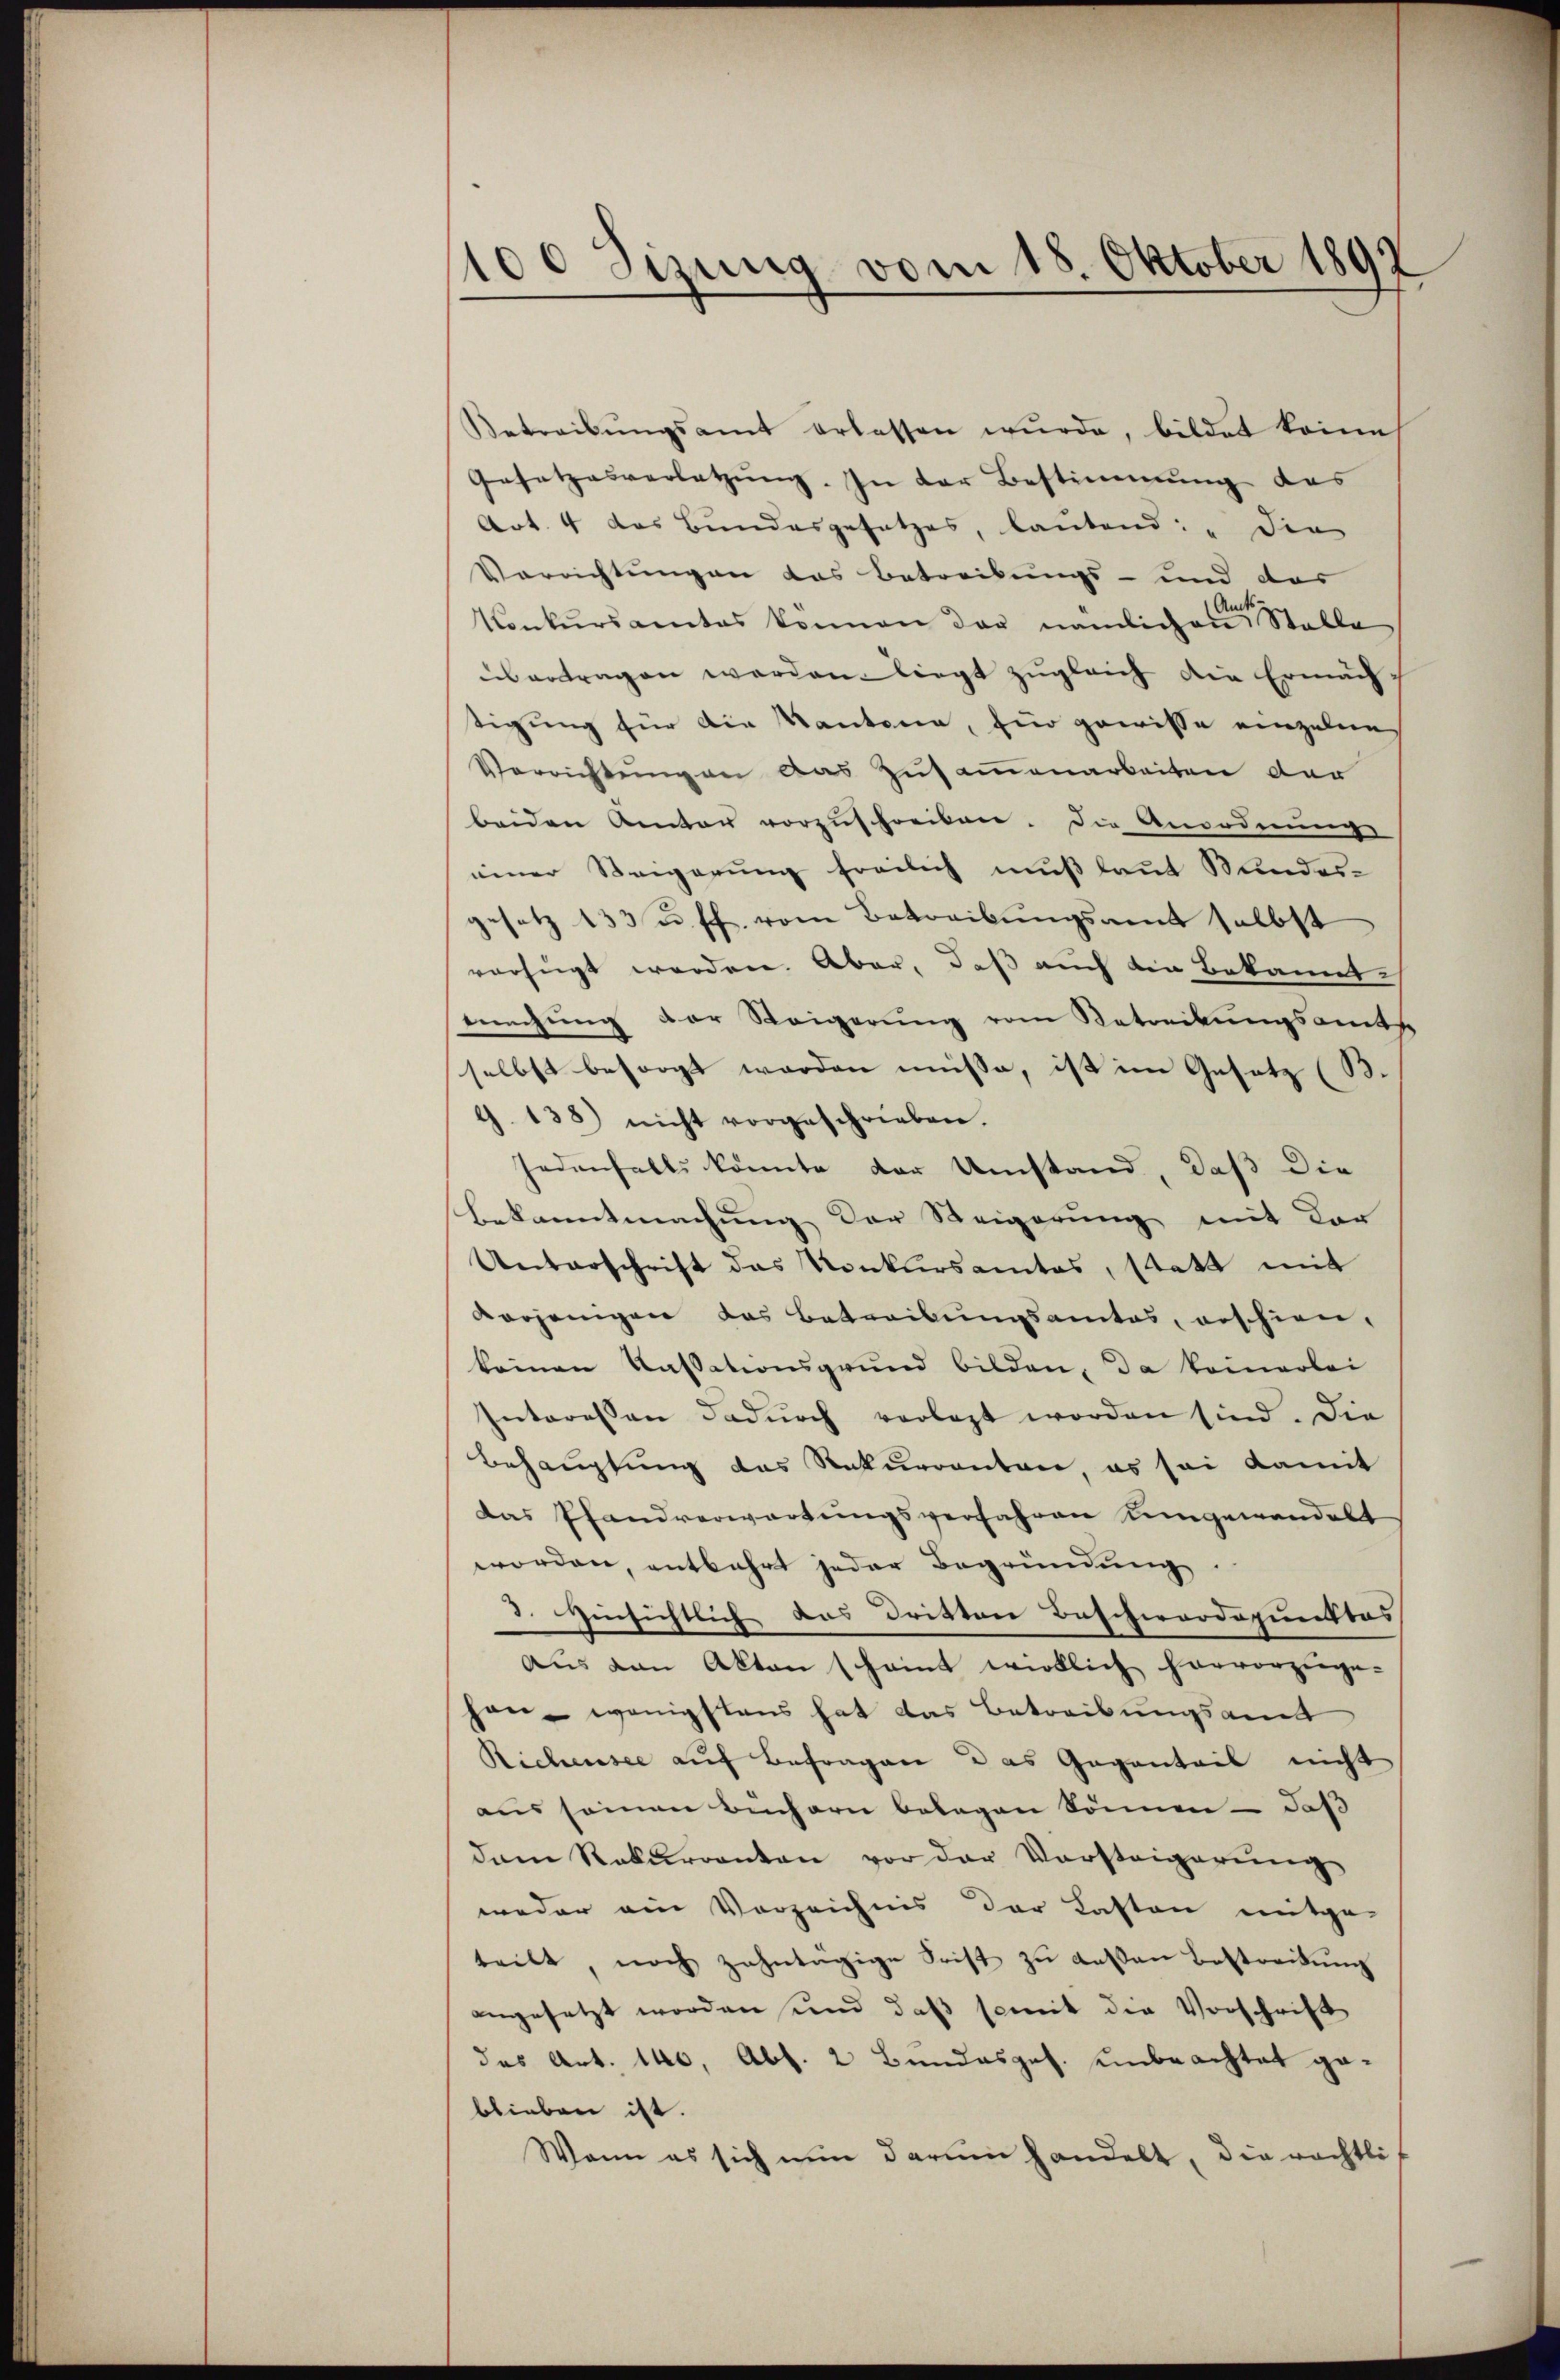
100 Jizung vom 18. Oktober 1892

Betreibŭngsamt erlassen wŭrde, bildet keine
Gesetzesverletzung. In der Bestimmung des
Art. 4 das Bundesgesetzes, lautend: „die
Verrichtungen das Betreibungs- und des
Konkursamtes können der nämlichen Stalle
übertragen worden liegt zugleich die Ermächtigung für die Kantone, für gewisse einzelne
Verrichtung an das Zusammenarbeiten der
beiden Amter vorzŭschreiben. Die Anordnung
einer Steigerung freilich muß laut Kundes-
gesetz 133 u. ff. vom Betreibungsamt selbst
verfügt werden. Aber, daß auch die Bekannt.
mechung der Steigerung vom Betreikungsamt
selbst besorgt worden müsse, ist im Gesetz (B.
G. 138) nicht vorgeschrieben.
Jedenfalls könnte der Umstand, daß die
Bekanntmachung der Steigerung mit der
Unterschrift das Konkursamtes, statt mit
verjenigen das Betreibungsamtes, erschien,
keinen Kassationsgrund bilden, da keinerlei
Interessen dadurch vorlegt worden sind. Die
Behauptung das Rekurrenten, es sei damit
das Pfandverwartungsverfahren eingewandelt
worden, entbehrt jeder Begründung.
3. Einsichtlich das Dritten Beschwerdopunktes
aŭs den Akten scheint wirklich hervorzuge-
han - wenigstens hat das Betreibungsamt
Richensee auf Befragen das Gegenteil nicht
aŭs seinen Büchern belagen können - daß
dam Rekurrenten vor der Vorsteigerung
weder ein Verzeichnis der Lasten mitge-
teilt, noch zehntägige Frist zu deßen Bestreibŭng
angesetzt worden und daß somit die Vorschrift
das Art. 140, Abs. 2 Bundesges. unbeachtet geblieben ist.
Wann es sich nun darum handelt, die rächtli